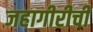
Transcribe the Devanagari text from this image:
जहागीरीची